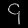
Digit: ၄